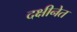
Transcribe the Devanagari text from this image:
दक्षीनेत